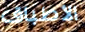
الأطباق